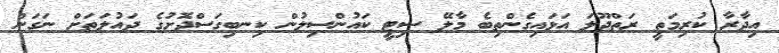
އިދާރާ ކުރިމަތީ ރަތްދޫލަ އަޅައިގެންތިބެ މާލޭ ސިޓީ ކައުންސިލުން ކިނބިގަސްދޮށުގެ ދައުލަތަށް ނަގަން